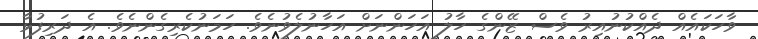
ވާހަކައެއް ދެއްކުނުއިރު ވެސް ޒޭންގެ ހާލު އަހަންނަށް އަހާނުލެވުނެވެ. ހަމަނުކެރިގެންނެވެ. އެ ދަރިފުޅާ